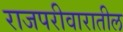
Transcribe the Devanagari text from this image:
राजपरीवारातील